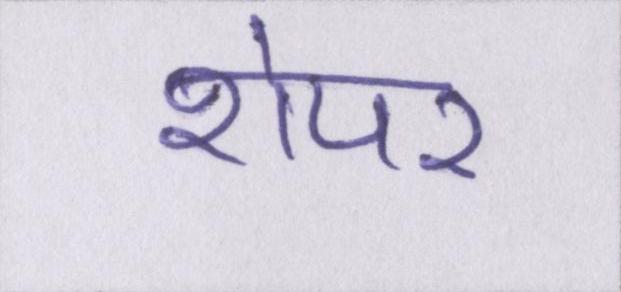
शेयर